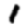
Digit: 1